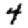
Digit: 4